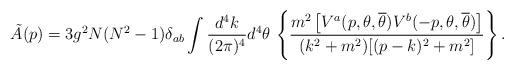
LaTeX: \begin{align*}\tilde{A}(p) = 3 g^{2}N(N^{2}-1)\delta_{ab} \int \frac{d^{4}k}{(2\pi)^{4}} d^{4}\theta \, \left\{\frac{m^{2}\left[ V^{a}(p,\theta,{\overline\theta}) V^{b}(-p,\theta,{\overline\theta})\right]}{(k^{2}+m^{2})[(p-k)^{2}+m^{2}]} \right\} . \end{align*}